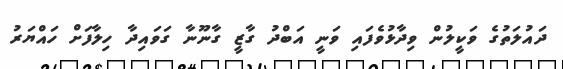
ދައުލަތުގެ ވަކީލުން ވިދާޅުވެފައި ވަނީ އަބްދު ގާޒީ ގާނޫނާ ގަވައިދާ ހިލާފަށް ހައްޔަރު